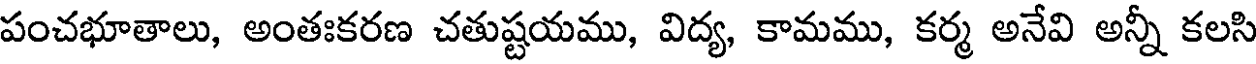
పంచభూతాలు, అంతఃకరణ చతుష్టయము, విద్య, కామము, కర్మ అనేవి అన్నీ కలసి